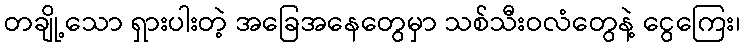
တချို့သော ရှားပါးတဲ့ အခြေအနေတွေမှာ သစ်သီးဝလံတွေနဲ့ ငွေကြေး၊